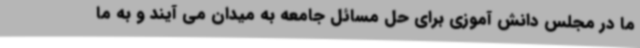
ما در مجلس دانش آموزی برای حل مسائل جامعه به میدان می آیند و به ما